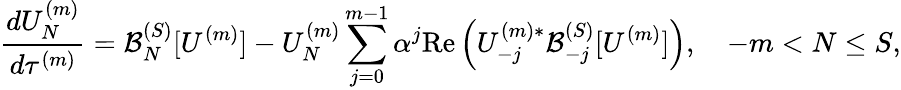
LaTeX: \frac{dU_{N}^{(m)}}{d\tau^{(m)}}=\mathcal{B}_{N}^{(S)}[U^{(m)}]-U_{N}^{(m)}\sum_{j=0}^{m-1}\alpha^{j}\mathrm{Re}\left(U_{-j}^{(m)*}\mathcal{B}_{-j}^{(S)}[U^{(m)}]\right),\quad-m<N\le S,